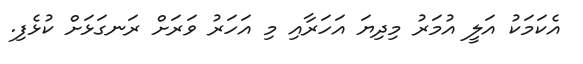
އެކަމަކު އަލީ އުމަރު މިދިޔަ އަހަރާއި މި އަހަރު ވަރަށް ރަނގަޅަށް ކުޅެފި.